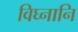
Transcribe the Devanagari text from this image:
विघ्नानि